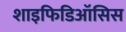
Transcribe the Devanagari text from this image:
शाइफिडिऑसिस